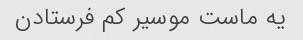
یه ماست موسیر کم فرستادن